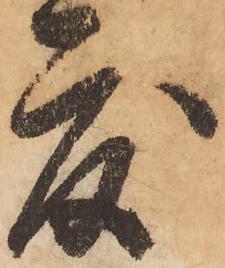
度